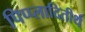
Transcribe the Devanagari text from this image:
पिप्प्लादितीर्थ